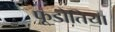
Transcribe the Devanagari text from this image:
फूडोतिया